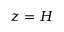
z = H